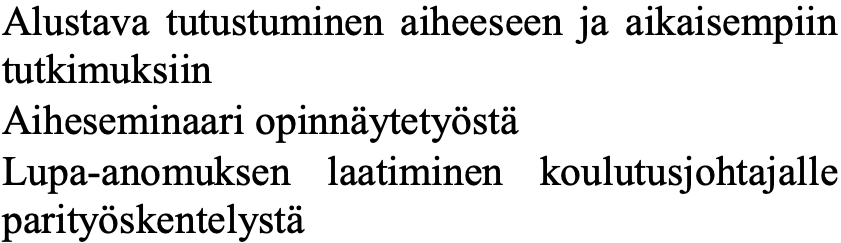
Alustava tutustuminen aiheeseen ja aikaisempiin tutkimuksiin Aiheseminaari opinnäytetyöstä Lupa-anomuksen laatiminen koulutusjohtajalle parityöskentelystä